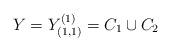
LaTeX: \begin{align*}Y=Y^{(1)}_{(1,1)}=C_1 \cup C_2\end{align*}